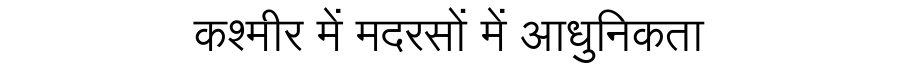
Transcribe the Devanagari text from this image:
कश्मीर में मदरसों में आधुनिकता